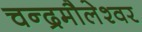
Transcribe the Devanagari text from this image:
चन्द्रमौलेश्वर